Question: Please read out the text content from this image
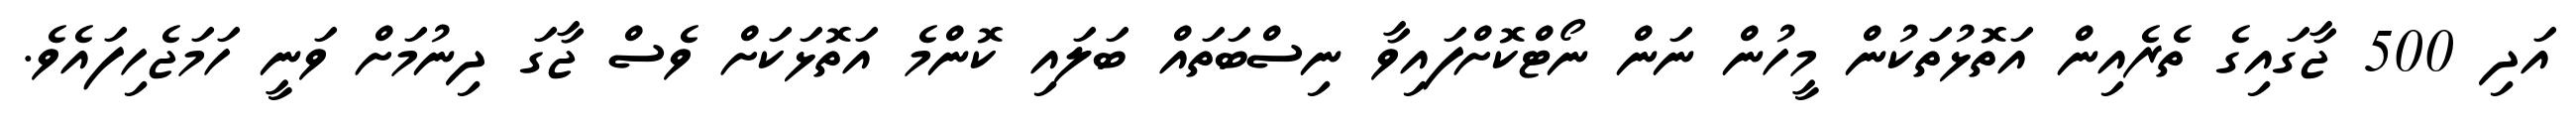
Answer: އަދި 500 ޖާގައިގެ ތެރެއިން އަތޮޅުތަކުން މީހުން ނަން ނޯޓްކޮށްފައިވާ ނިސްބަތައް ބަލައި ކޮންމެ އަތޮޅަކަށް ވެސް ޖާގަ ދިނުމަށް ވަނީ ހަމަޖެހިފައެވެ.